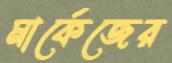
মার্কেজের